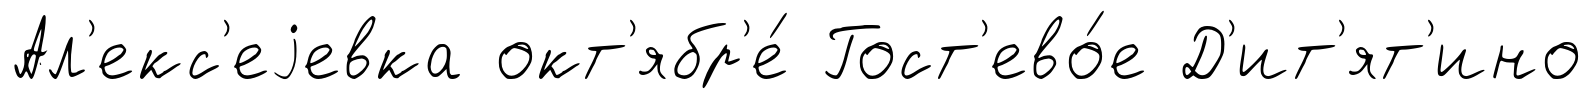
Ал'екс'еjевка окт'ябр'е́ Гост'ево́е Д'ит'ят'ино